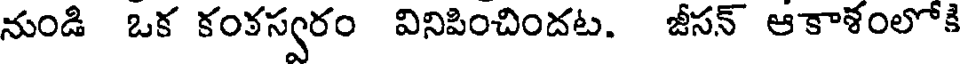
నుండి ఒక కంకస్వరం వినిపించిందట. జీసన్ ఆకాళంలోకి